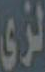
لزي